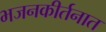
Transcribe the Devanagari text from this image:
भजनकीर्तनात